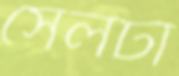
সেলটা